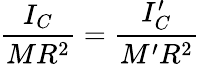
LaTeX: \frac{I_{C}}{MR^{2}}=\frac{I_{C}^{\prime}}{M^{\prime}R^{2}}